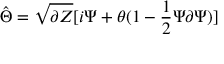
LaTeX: \hat { \Theta } = \sqrt { \partial Z } [ i \Psi + \theta ( 1 - \frac { 1 } { 2 } \Psi \partial \Psi ) ]